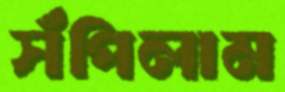
সঁপিলাম